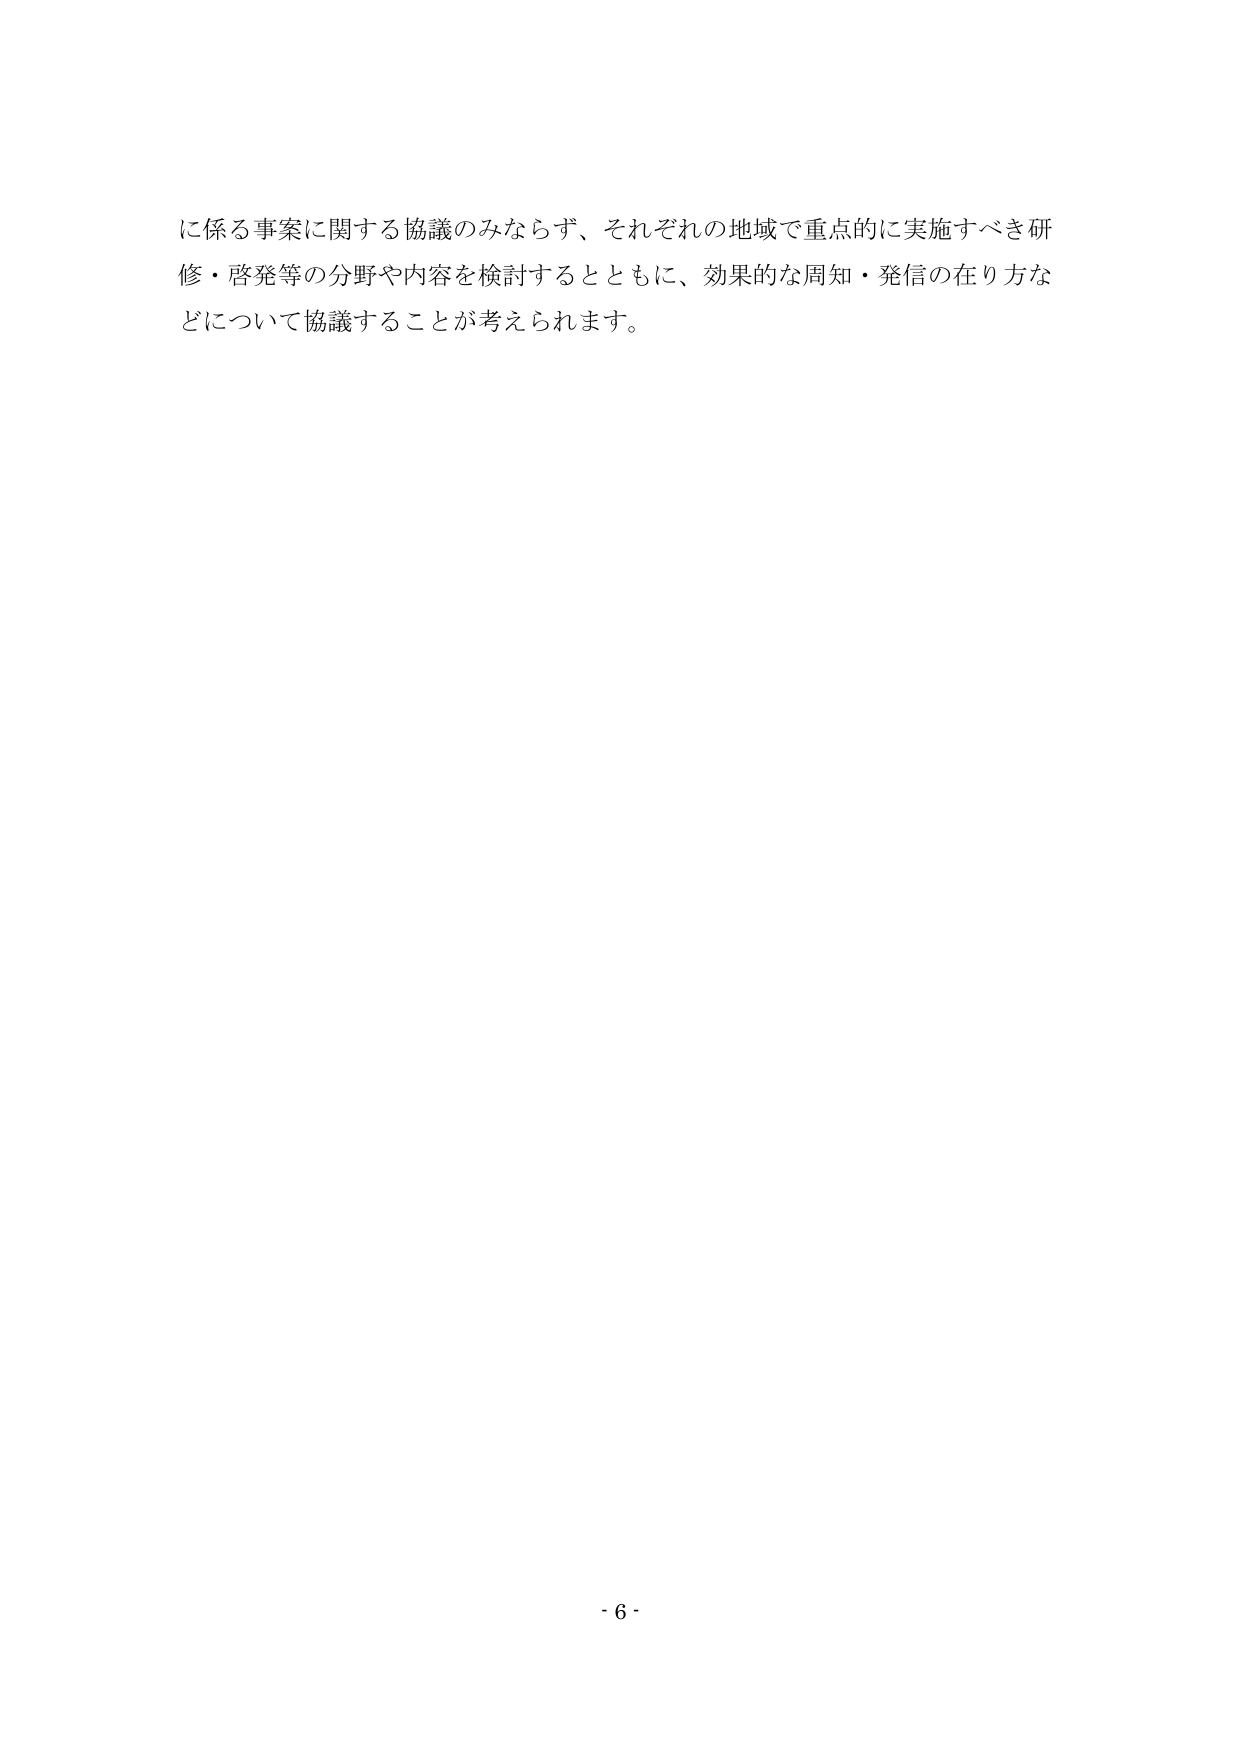
に係る事案に関する協議のみならず、それぞれの地域で重点的に実施すべき研修・啓発等の分野や内容を検討するとともに、効果的な周知・発信の在り方などについて協議することが考えられます。

- 6 -